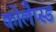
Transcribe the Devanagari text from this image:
कोलैप्स्ड